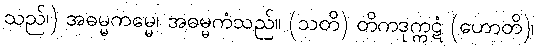
သည်၊) အဓမ္မကမ္မေ၊ အဓမ္မကံသည်။ (သတိ) တိကဒုက္ကဋံ (ဟောတိ)၊